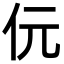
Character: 㐾